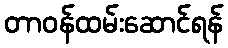
တာဝန်ထမ်းဆောင်ရန်